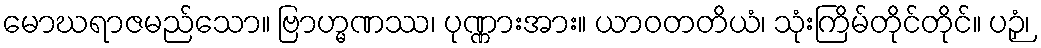
မောဃရာဇမည်သော။ ဗြာဟ္မဏဿ၊ ပုဏ္ဏားအား။ ယာဝတတိယံ၊ သုံးကြိမ်တိုင်တိုင်။ ပဉှံ၊